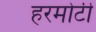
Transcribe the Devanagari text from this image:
हरमोटी